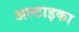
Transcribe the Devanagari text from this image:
अल्टाइका